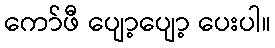
ကော်ဖီ ပျော့ပျော့ ပေးပါ။